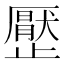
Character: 㱘